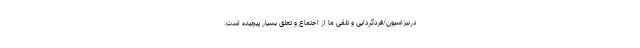
درنیزاسیون/فردگردایی و تلقی ما از اجتماع و تعلق بسیار پیچیده است.